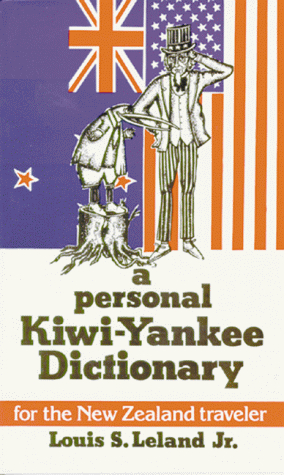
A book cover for Personal Kiwi-Yankee Dictionary, A; Louis Leland Jr.; Biographies & Memoirs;